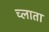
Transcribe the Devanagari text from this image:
च्लाता